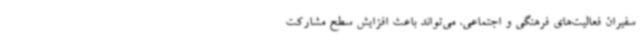
سفیران فعالیت‌های فرهنگی و اجتماعی، می‌تواند باعث افزایش سطح مشارکت